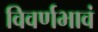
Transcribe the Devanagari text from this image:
विवर्णभावं